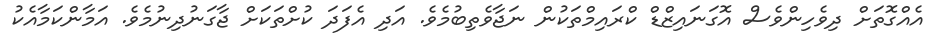
އެއްގޮތަށް ދިވެހިންވެސް އޮގަނައިޒްޑް ކްރައިމްތަކުން ނަޖާވެތިބުމެވެ. އަދި އެފަދަ ކުށްތަކަށް ޖާގަނުދިނުމެވެ. އަމާންކަމާއެކު